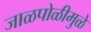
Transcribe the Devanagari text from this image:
जाळपोळीमुळे